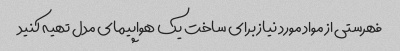
فهرستی از مواد مورد نیاز برای ساخت یک هواپیمای مدل تهیه کنید